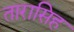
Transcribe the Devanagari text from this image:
तारासिह